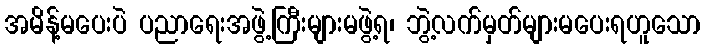
အမိန့်မပေးပဲ ပညာရေးအဖွဲ့ကြီးများမဖွဲ့ရ၊ ဘွဲ့လက်မှတ်များမပေးရဟူသော